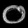
Digit: ၀